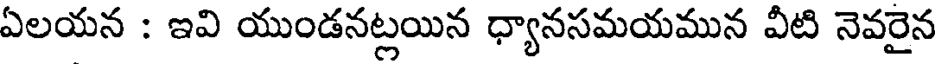
ఏలయన : ఇవి యుండనట్లయిన ధ్యానసమయమున వీటి నెవరైన